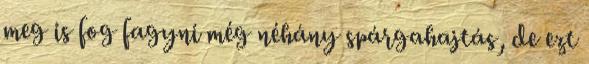
meg is fog fagyni még néhány spárgahajtás, de ezt